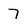
Character: 7